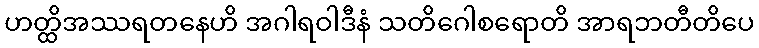
ဟတ္ထိအဿရတနေဟိ အဂါရဝါဒီနံ သတိဂေါစရောတိ အာရဘတီတိပေ